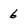
Character: 6